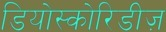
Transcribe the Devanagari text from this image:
डियोस्कोरिडीज़